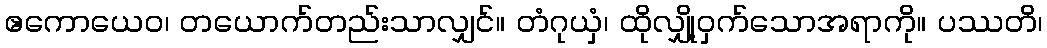
ဧကောယေဝ၊ တယောက်တည်းသာလျှင်။ တံဂုယှံ၊ ထိုလျှို့ဝှက်သောအရာကို။ ပဿတိ၊